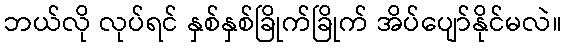
ဘယ်လို လုပ်ရင် နှစ်နှစ်ခြိုက်ခြိုက် အိပ်ပျော်နိုင်မလဲ။